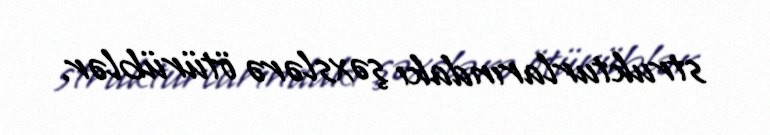
strukturlarındakı şəxslərə ötürüblər.